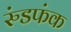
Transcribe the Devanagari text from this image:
रुंडफंक